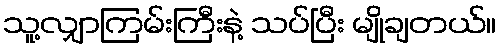
သူ့လျှာကြမ်းကြီးနဲ့ သပ်ပြီး မျိုချတယ်။